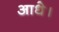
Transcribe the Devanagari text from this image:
आधे।